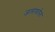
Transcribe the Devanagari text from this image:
जलावर्तना